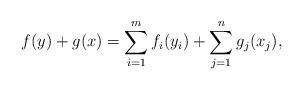
LaTeX: \begin{align*}f(y) + g(x) = \sum_{i = 1}^mf_i(y_i) + \sum_{j = 1}^ng_j(x_j),\end{align*}